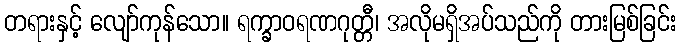
တရားနှင့် လျော်ကုန်သော။ ရက္ခာဝရဏဂုတ္တီ၊ အလိုမရှိအပ်သည်ကို တားမြစ်ခြင်း